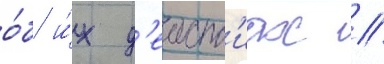
о́б и́х д'еиств'иах //